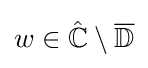
w\in \mathbb {\hat {C}} \setminus {\overline {\mathbb {D} }}